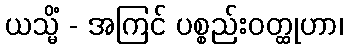
ယသ္မိံ - အကြင် ပစ္စည်းဝတ္ထုဟာ၊